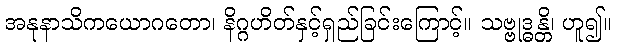
အနုနာသိကယောဂတော၊ နိဂ္ဂဟိတ်နှင့်ရှည်ခြင်းကြောင့်။ သဗ္ဗုဒ္ဓန္တိ၊ ဟူ၍။